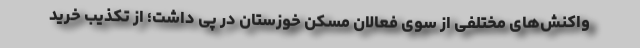
واکنش‌های مختلفی از سوی فعالان مسکن خوزستان در پی داشت؛ از تکذیب خرید